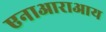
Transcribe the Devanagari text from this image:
एनाआराआय